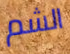
الشم